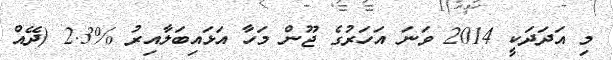
މި އަދަދަކީ 2014 ވަނަ އަހަރުގެ ޖޫން މަހާ އަޅައިބަލާއިރު %2.3 (ދޭއް